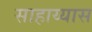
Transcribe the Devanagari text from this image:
साहाय्यास